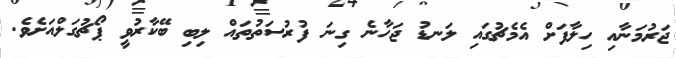
ޖަރުމަނާއި ހިލާފަށް އެމެޗުގައި ލަނޑު ޖަހާނެ ގިނަ ފުރުސަތުތައް ލިބި ބޭކާރުވީ ޕޯޗުގަލްއަށެވެ.